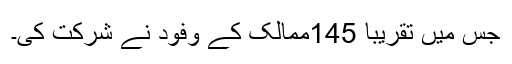
جس میں تقریباً 145ممالک کے وفود نے شرکت کی۔